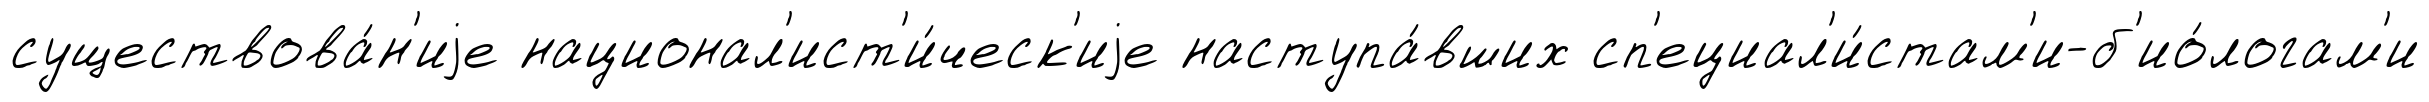
существова́н'иjе национал'ист'и́ческ'иjе наступа́вших сп'ециал'и́стам'и-б'ио́логам'и